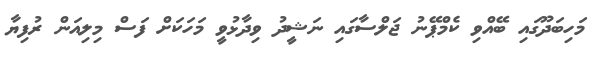
މަހިބަދޫގައި ބޭއްވި ކެމްޕޭނު ޖަލްސާގައި ނަޝީދު ވިދާޅުވީ މަހަކަށް ފަސް މިލިއަން ރުފިޔާ